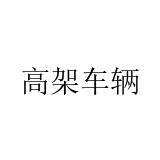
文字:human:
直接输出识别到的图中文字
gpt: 高架车辆